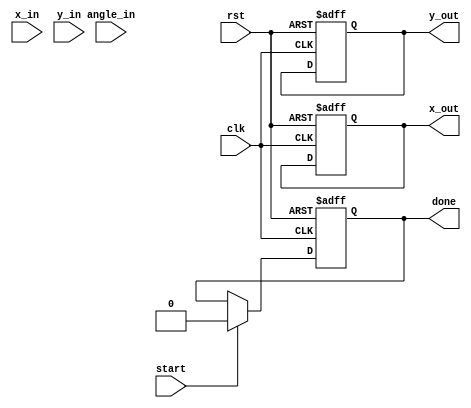
module pipelined_cordic #(
    parameter N = 16,                // Number of iterations
    parameter WIDTH = 16             // Bit-width for fixed-point representation
)(
    input wire clk,                  // Clock signal
    input wire rst,                  // Reset signal
    input wire [WIDTH-1:0] x_in,     // Input X coordinate
    input wire [WIDTH-1:0] y_in,     // Input Y coordinate
    input wire [WIDTH-1:0] angle_in, // Input rotation angle
    input wire start,                // Start signal
    output reg [WIDTH-1:0] x_out,    // Output X coordinate
    output reg [WIDTH-1:0] y_out,    // Output Y coordinate
    output reg done                  // Done signal
);

    // Internal registers
    reg [WIDTH-1:0] x_reg [0:N-1];   // Pipeline registers for X
    reg [WIDTH-1:0] y_reg [0:N-1];   // Pipeline registers for Y
    reg [WIDTH-1:0] angle_reg [0:N-1]; // Pipeline registers for angles
    reg [N-1:0] valid;               // Valid signals for each stage
    reg [3:0] stage;                 // Current stage counter

    // CORDIC angle lookup table (in fixed-point format)
    reg [WIDTH-1:0] angle_table [0:N-1];
    initial begin
        // Populate angle_table with pre-calculated angles
        // Example values, should be replaced with actual CORDIC angles
        angle_table[0] = 16'h1C71; // atan(1) = 45 degrees
        angle_table[1] = 16'h1B74; // atan(0.5)
        // ... Fill in the rest of the angles
    end

    // Scaling factor (fixed-point representation)
    reg [WIDTH-1:0] scaling_factor = 16'h1C74; // K = 1/sqrt(2) for N=16

    // Control logic
    always @(posedge clk or posedge rst) begin
        if (rst) begin
            stage <= 0;
            done <= 0;
            x_out <= 0;
            y_out <= 0;
            valid <= 0;
        end else if (start) begin
            // Initialize the first stage
            x_reg[0] <= x_in;
            y_reg[0] <= y_in;
            angle_reg[0] <= angle_in;
            valid[0] <= 1;
            stage <= 1;
            done <= 0;
        end else if (stage < N) begin
            // Pipeline operation
            x_reg[stage] <= x_reg[stage-1] - (y_reg[stage-1] >>> stage);
            y_reg[stage] <= y_reg[stage-1] + (x_reg[stage-1] >>> stage);
            angle_reg[stage] <= angle_reg[stage-1] - angle_table[stage-1];

            valid[stage] <= 1;
            stage <= stage + 1;
        end else if (stage == N) begin
            // Final output stage
            x_out <= x_reg[N-1] * scaling_factor;
            y_out <= y_reg[N-1] * scaling_factor;
            done <= 1;
            valid[N-1] <= 0; // Mark the last stage as not valid
        end
    end

endmodule